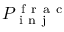
P _ { \mathrm { ~ i ~ n ~ j ~ } } ^ { \mathrm { ~ f ~ r ~ a ~ c ~ } }